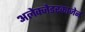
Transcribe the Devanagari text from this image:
अलेक्जेडरकाजेर्न